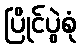
ပြိုင်ပွဲစုံ